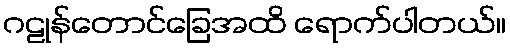
ဂဠုန်တောင်ခြေအထိ ရောက်ပါတယ်။